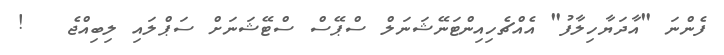
ފެންނަ "އާދަޔާހިލާފު" އެއްޗެހިއިންޓަނޭޝަނަލް ސްޕޭސް ސްޓޭޝަނަށް ސަޕްލައި ލިބިއްޖެ   !